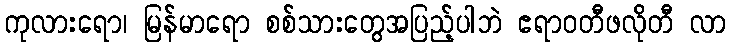
ကုလားရော၊ မြန်မာရော စစ်သားတွေအပြည့်ပါဘဲ ဧရာဝတီဖလိုတီ လာ